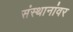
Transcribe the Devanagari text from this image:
संस्थानांवर